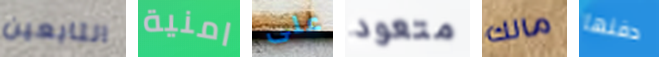
التابعين امنية على متعود مالك دفنها